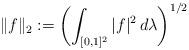
LaTeX: \begin{align*} \|f\|_2 := \left(\int_{[0,1]^2} |f|^2 \,d\lambda\right)^{1/2} \end{align*}